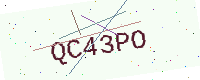
Text: QC43PO